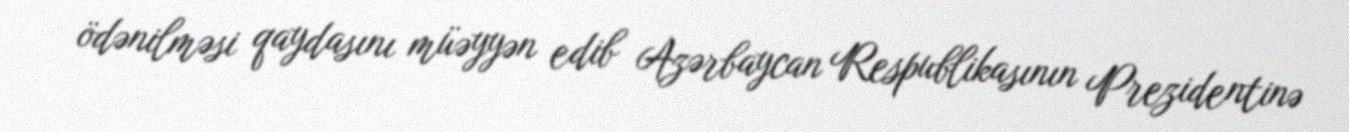
ödənilməsi qaydasını müəyyən edib Azərbaycan Respublikasının Prezidentinə